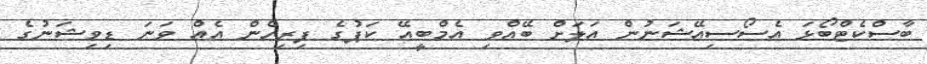
ބާސްކެޓްބޯޅަ އެސޯސިއޭޝަނުން އަލަށް ބޭއްވި އެމްބީއޭ ކަޕުގެ ފިރިހެން އެއް ވަނަ ޑިވިޝަނުގެ